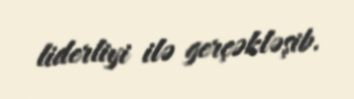
liderliyi ilə gerçəkləşib.